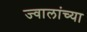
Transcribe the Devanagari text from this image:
ज्वालांच्या